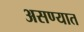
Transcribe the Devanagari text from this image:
असण्यात